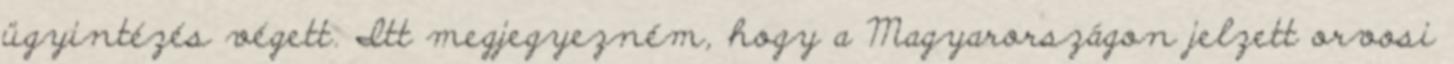
ügyintézés végett. Itt megjegyezném, hogy a Magyarországon jelzett orvosi